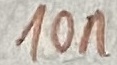
Text: 10n